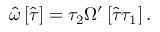
\hat { \omega } \left[ \hat { \tau } \right] = \tau _ { 2 } \Omega ^ { \prime } \left[ \hat { \tau } \tau _ { 1 } \right] .